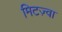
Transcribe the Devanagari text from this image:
मिटज़्वा